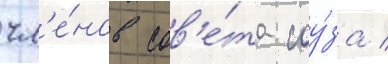
чл'е́нов сов'е́та соу́за /